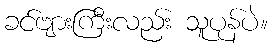
ခင်ဗျားကြီးလည်း သူပုန်ပဲ။